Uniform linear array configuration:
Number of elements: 4
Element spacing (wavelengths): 0.75
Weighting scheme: blackman
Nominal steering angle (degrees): -60
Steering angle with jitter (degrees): -59.274
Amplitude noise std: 0.05
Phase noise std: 0.05

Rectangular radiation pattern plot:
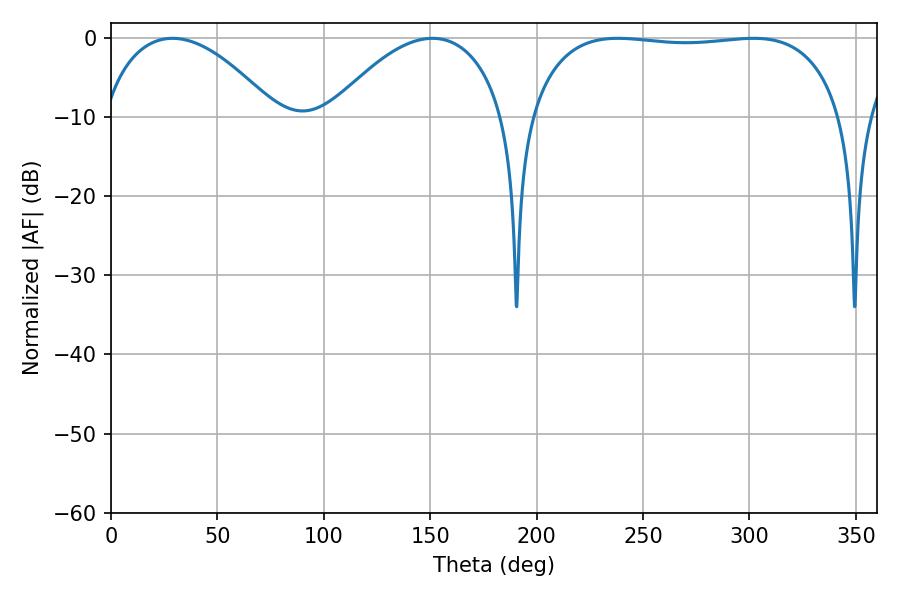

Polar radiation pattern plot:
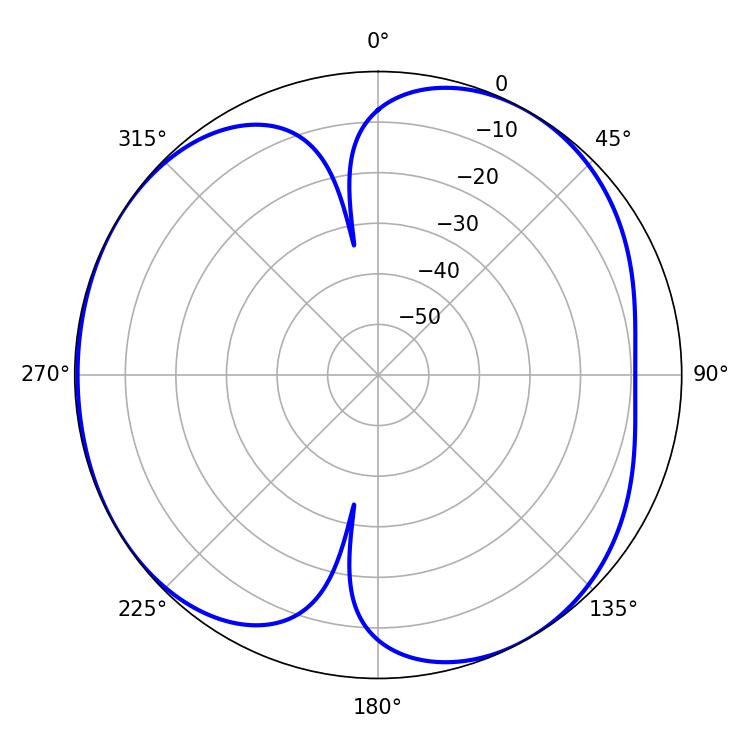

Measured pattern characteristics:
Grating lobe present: TRUE
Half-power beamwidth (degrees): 117.72
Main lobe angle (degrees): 238.14